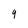
Character: 9